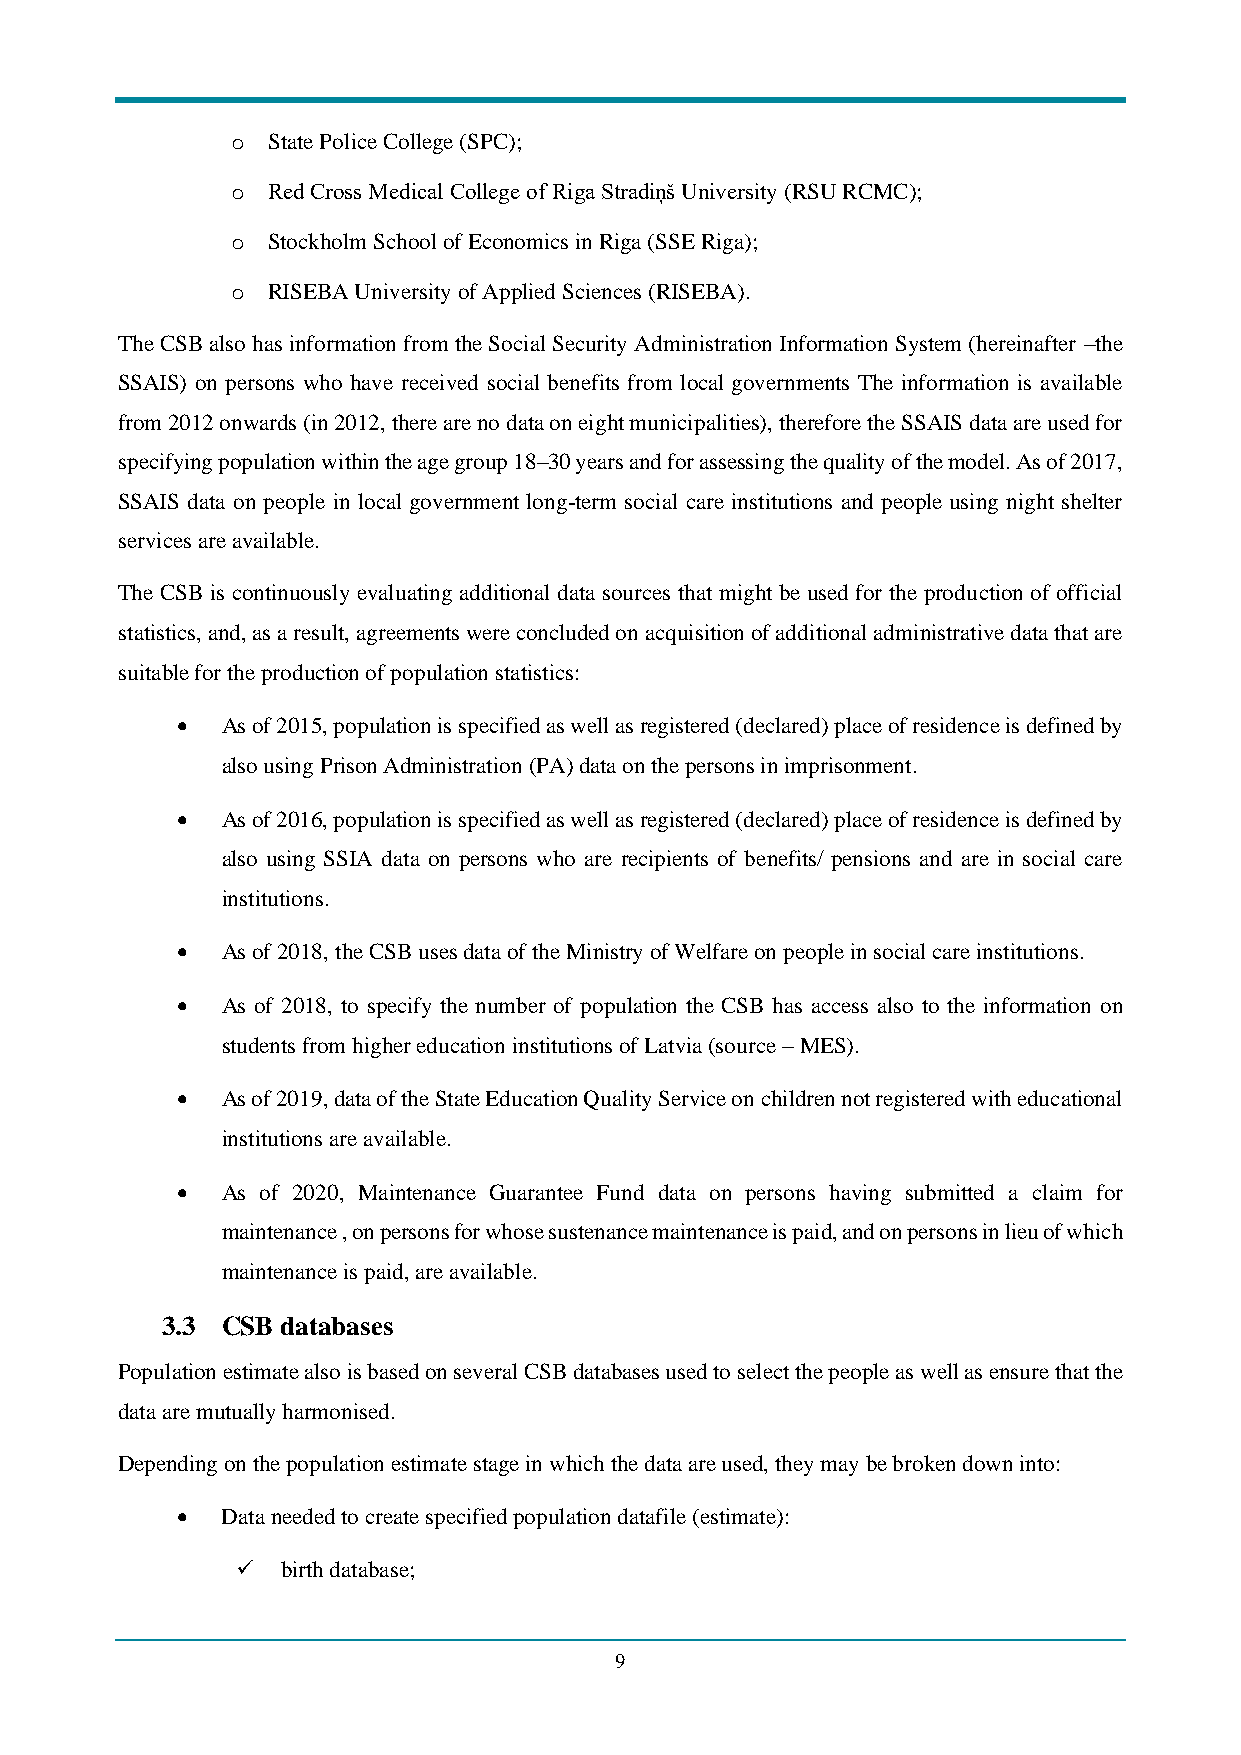
o  State Police College (SPC);
 o  Red Cross Medical College of Riga Stradiņš University (RSU RCMC);
 o  Stockholm School of Economics in Riga (SSE Riga);
 o  RISEBA University of Applied Sciences (RISEBA).
 The CSB also has information from the Social Security Administration Information System (hereinafter –the
 SSAIS) on persons who have received social benefits from local governments The information is available
 from 2012 onwards (in 2012, there are no data on eight municipalities), therefore the SSAIS data are used for
 specifying population within the age group 18–30 years and for assessing the quality of the model. As of 2017,
 SSAIS data on people in local government long-term social care institutions and people using night shelter
 services are available.
 The CSB is continuously evaluating additional data sources that might be used for the production of official
 statistics, and, as a result, agreements were concluded on acquisition of additional administrative data that are
 suitable for the production of population statistics:
 •  As of 2015, population is specified as well as registered (declared) place of residence is defined by
 also using Prison Administration (PA) data on the persons in imprisonment.
 •  As of 2016, population is specified as well as registered (declared) place of residence is defined by
 also using SSIA data on persons who are recipients of benefits/ pensions and are in social care
 institutions.
 •  As of 2018, the CSB uses data of the Ministry of Welfare on people in social care institutions.
 •  As of 2018, to specify the number of population the CSB has access also to the information on
 students from higher education institutions of Latvia (source – MES).
 •  As of 2019, data of the State Education Quality Service on children not registered with educational
 institutions are available.
 •  As of 2020, Maintenance Guarantee Fund data on persons having submitted a claim for
 maintenance , on persons for whose sustenance maintenance is paid, and on persons in lieu of which
 maintenance is paid, are available.
 3.3 CSB databases
 Population estimate also is based on several CSB databases used to select the people as well as ensure that the
 data are mutually harmonised.
 Depending on the population estimate stage in which the data are used, they may be broken down into:
 •  Data needed to create specified population datafile (estimate):
 ✓  birth database;
 9